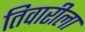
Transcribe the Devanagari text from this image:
तिवारीला